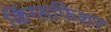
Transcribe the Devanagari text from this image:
किंग्सफिशर